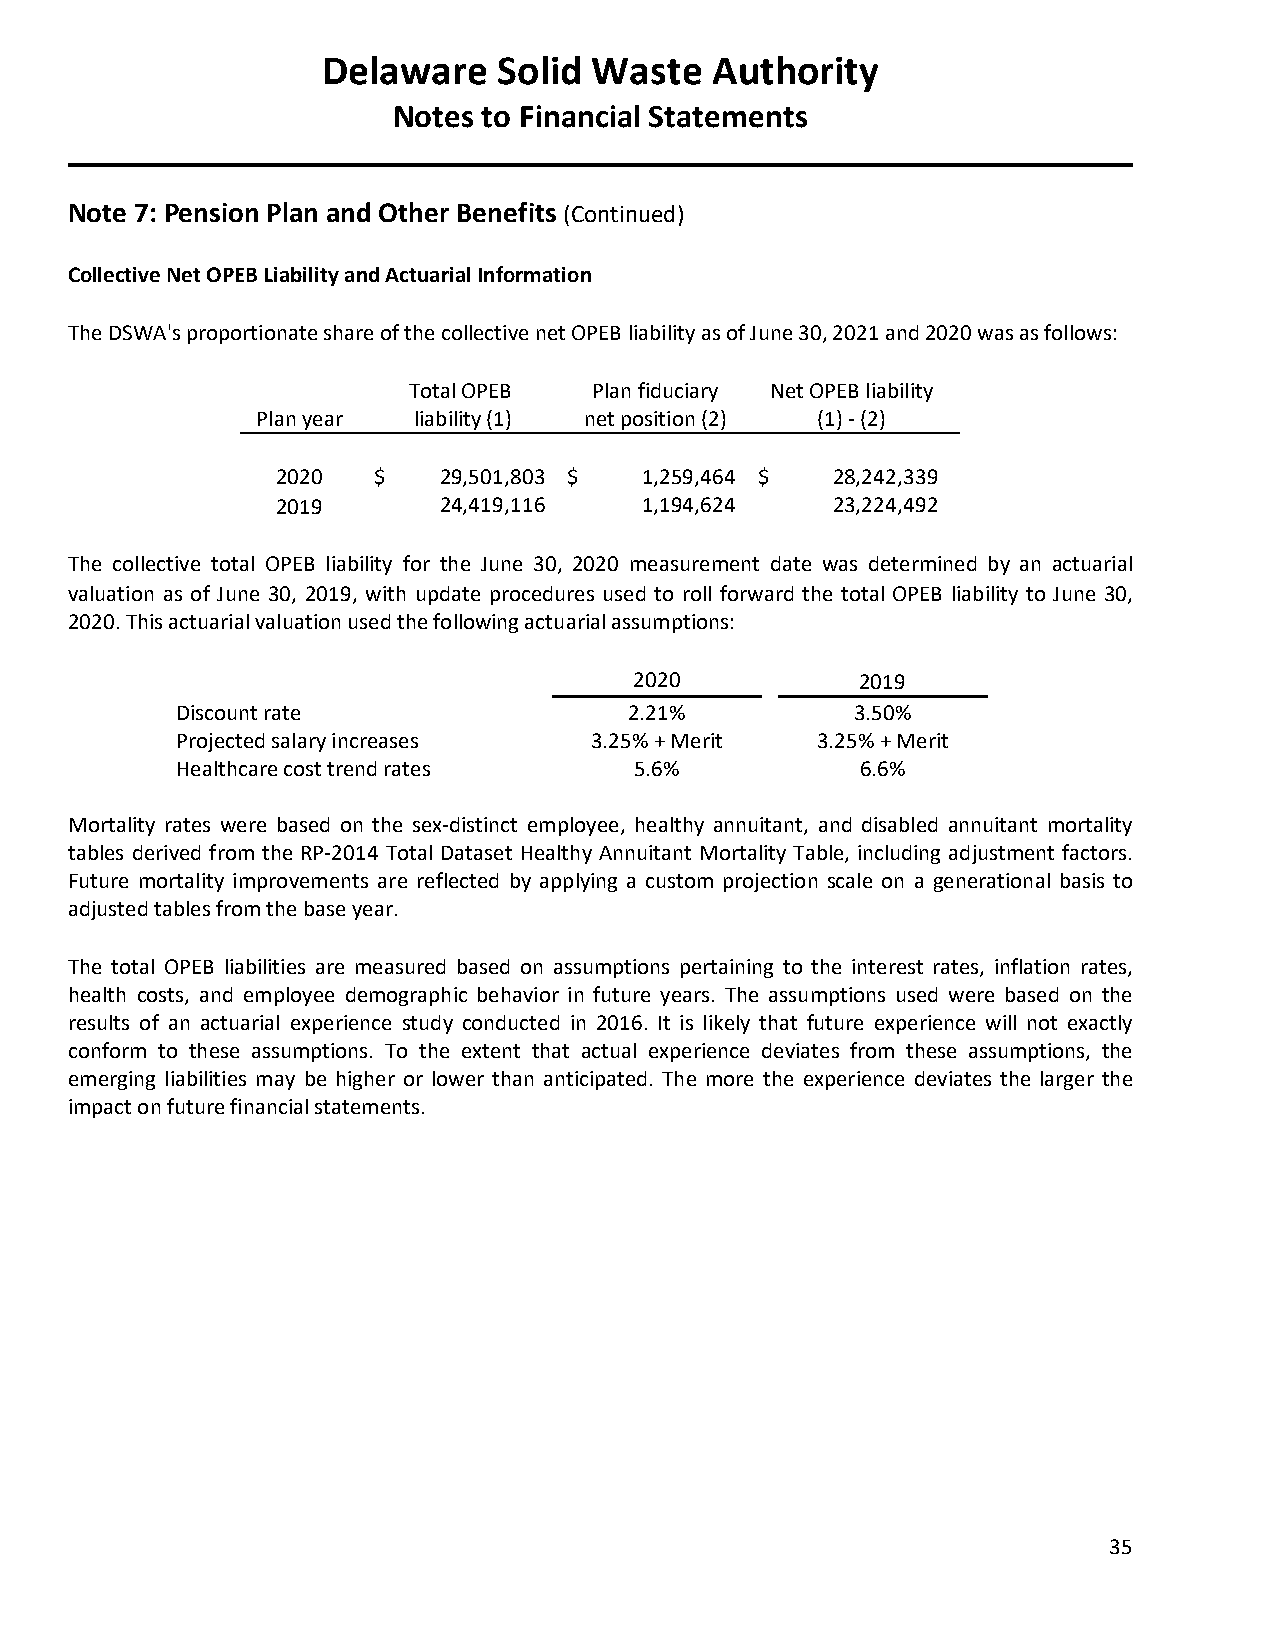
Delaware    Solid Waste   Authority
 Notes to Financial Statements
 Note 7: Pension Plan and Other Benefits (Continued)
 Collective Net OPEB Liability and Actuarial Information
 The DSWA's proportionate share of the collective net OPEB liability as of June 30, 2021 and 2020 was as follows:
 Total OPEB  Plan fiduciary Net OPEB liability
 Plan year liability (1) net position (2) (1) - (2)
 2020   $   29,501,803 $  1,259,464 $ 28,242,339
 2019       24,419,116    1,194,624   23,224,492
 The collective total OPEB liability for the June 30, 2020 measurement date was determined by an actuarial
 valuation as of June 30, 2019, with update procedures used to roll forward the total OPEB liability to June 30,
 2020. This actuarial valuation used the following actuarial assumptions:
 2020           2019
 Discount rate                 2.21%          3.50%
 Projected salary increases 3.25% + Merit  3.25% + Merit
 Healthcare cost trend rates   5.6%           6.6%
 Mortality rates were based on the sex-distinct employee, healthy annuitant, and disabled annuitant mortality
 tables derived from the RP-2014 Total Dataset Healthy Annuitant Mortality Table, including adjustment factors.
 Future mortality improvements are reflected by applying a custom projection scale on a generational basis to
 adjusted tables from the base year.
 The total OPEB liabilities are measured based on assumptions pertaining to the interest rates, inflation rates,
 health costs, and employee demographic behavior in future years. The assumptions used were based on the
 results of an actuarial experience study conducted in 2016. It is likely that future experience will not exactly
 conform to these assumptions. To the extent that actual experience deviates from these assumptions, the
 emerging liabilities may be higher or lower than anticipated. The more the experience deviates the larger the
 impact on future financial statements.
 35